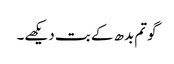
گوتم بدھ کے بت دیکھے۔